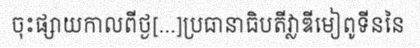
ចុះផ្សាយកាលពីថ្ង[...]ប្រធានាធិបតីវ្លាឌីមៀពូទីននៃ